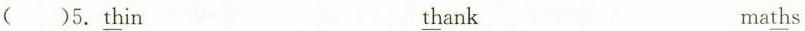
( )5.\underline{th}in \underline{th}ank ma \underline{th}s